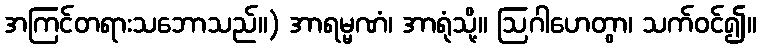
အကြင်တရားသဘောသည်။) အာရမ္မဏံ၊ အာရုံသို့။ ဩဂါဟေတွာ၊ သက်ဝင်၍။